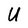
Character: U